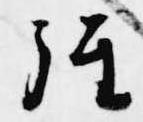
経